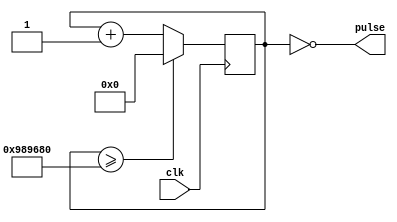
`timescale 1ns / 1ps

module pulse_generator(
    input clk,
    output pulse
    ); 
    reg [23:0] counter;
    
    parameter max_count = 10000000;
    
    always @ (posedge clk)
        if (counter >= max_count)
            counter <= 0;
        else
            counter <= counter + 1;
            
    assign pulse = counter == 0;
endmodule